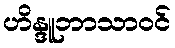
ဟိန္ဒူဘာသာဝင်